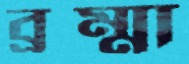
ব্রম্মা